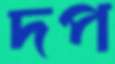
দপ